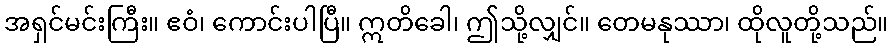
အရှင်မင်းကြီး။ ဧဝံ၊ ကောင်းပါပြီ။ ဣတိခေါ၊ ဤသို့လျှင်။ တေမနုဿာ၊ ထိုလူတို့သည်။